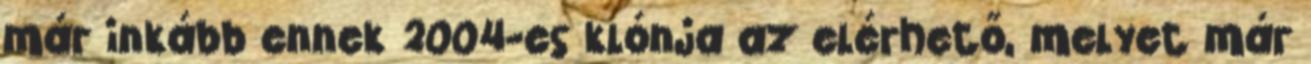
már inkább ennek 2004-es klónja az elérhető, melyet már